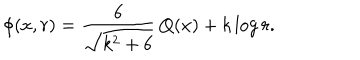
\phi ( x , r ) = { \frac { 6 } { \sqrt { k ^ { 2 } + 6 } } } \, Q ( x ) + k \log { r } .